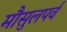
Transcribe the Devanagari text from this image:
मौसुलपर्व